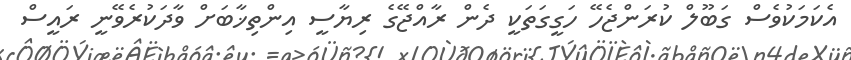
އެކަމަކުވެސް ގަބޫލް ކުރަންޖެހޭ ހަގީގަތަކީ ދެން ރާއްޖޭގެ ރިޔާސީ އިންތިޚާބަށް ވާދަކުރެވޭނީ ރައީސް